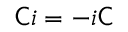
{ \mathsf { C } } i = - i { \mathsf { C } }